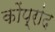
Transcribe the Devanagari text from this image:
कोंप्रांद